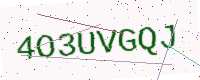
Text: 4O3UVGQJ